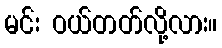
မင်း ဝယ်တတ်လို့လား။